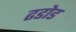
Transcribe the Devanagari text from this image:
ढडोड